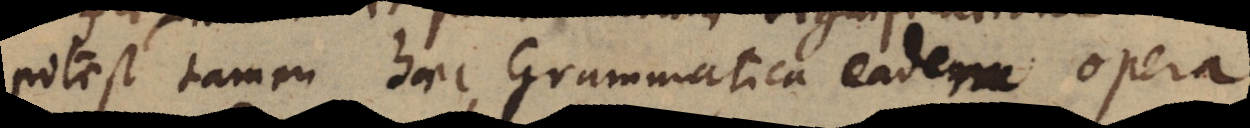
Potest tamen haec Grammatica eadem opera